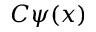
C \psi ( x )